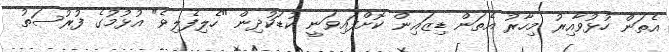
އެތަން ހުޅުވާއިރު މިހާރު އެތަން ޑިޒައިން ކޮށްފައިވަނީ ކުޑަކުދިން "ހެލިފެލިވެ" އުޅުމުގެ ފުރުސަތު